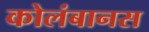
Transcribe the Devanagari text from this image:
कोलंबानस